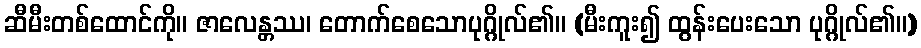
ဆီမီးတစ်ထောင်ကို။ ဇာလေန္တဿ၊ တောက်စေသောပုဂ္ဂိုလ်၏။ (မီးကူး၍ ထွန်းပေးသော ပုဂ္ဂိုလ်၏။)